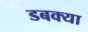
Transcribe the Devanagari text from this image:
डबक्या